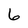
Character: 6